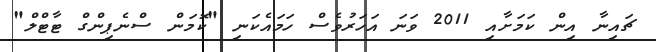
ޗައިނާ އިން ކަމަށާއި 2011 ވަނަ އަހަރުވެސް ހަމައެކަނި "ކޮމަން ސްނެޕިންގް ޓާޓްލް"